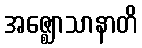
အဇ္ဈောသာနာတိ